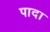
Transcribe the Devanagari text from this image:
पादा